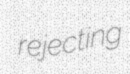
rejecting